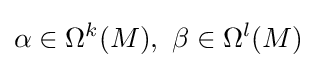
\alpha \in \Omega ^{k}(M),\ \beta \in \Omega ^{l}(M)